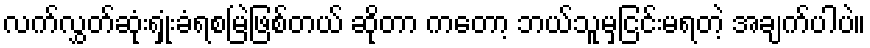
လက်လွှတ်ဆုံးရှုံးခံရစမြဲဖြစ်တယ် ဆိုတာ ကတော့ ဘယ်သူမှငြင်းမရတဲ့ အချက်ပါပဲ။